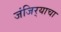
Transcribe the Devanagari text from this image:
जंजिर्‍याचा